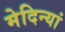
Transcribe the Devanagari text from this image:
मेदिन्यां